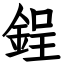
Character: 鋥